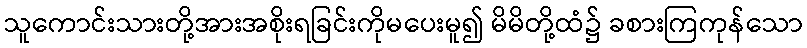
သူကောင်းသားတို့အားအစိုးရခြင်းကိုမပေးမူ၍ မိမိတို့ထံ၌ ခစားကြကုန်သော